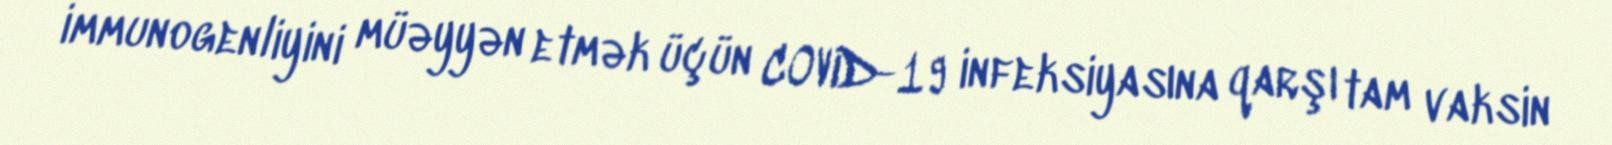
immunogenliyini müəyyən etmək üçün COVID-19 infeksiyasına qarşı tam vaksin